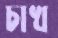
চাখ